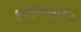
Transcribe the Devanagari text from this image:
हास्यास्पक